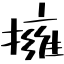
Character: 擁